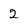
Character: 2